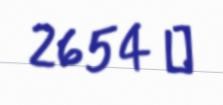
2654 ₼